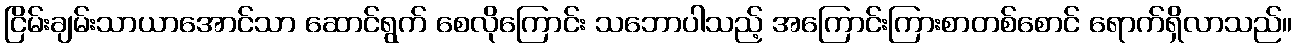
ငြိမ်းချမ်းသာယာအောင်သာ ဆောင်ရွက် စေလိုကြောင်း သဘောပါသည့် အကြောင်းကြားစာတစ်စောင် ရောက်ရှိလာသည်။